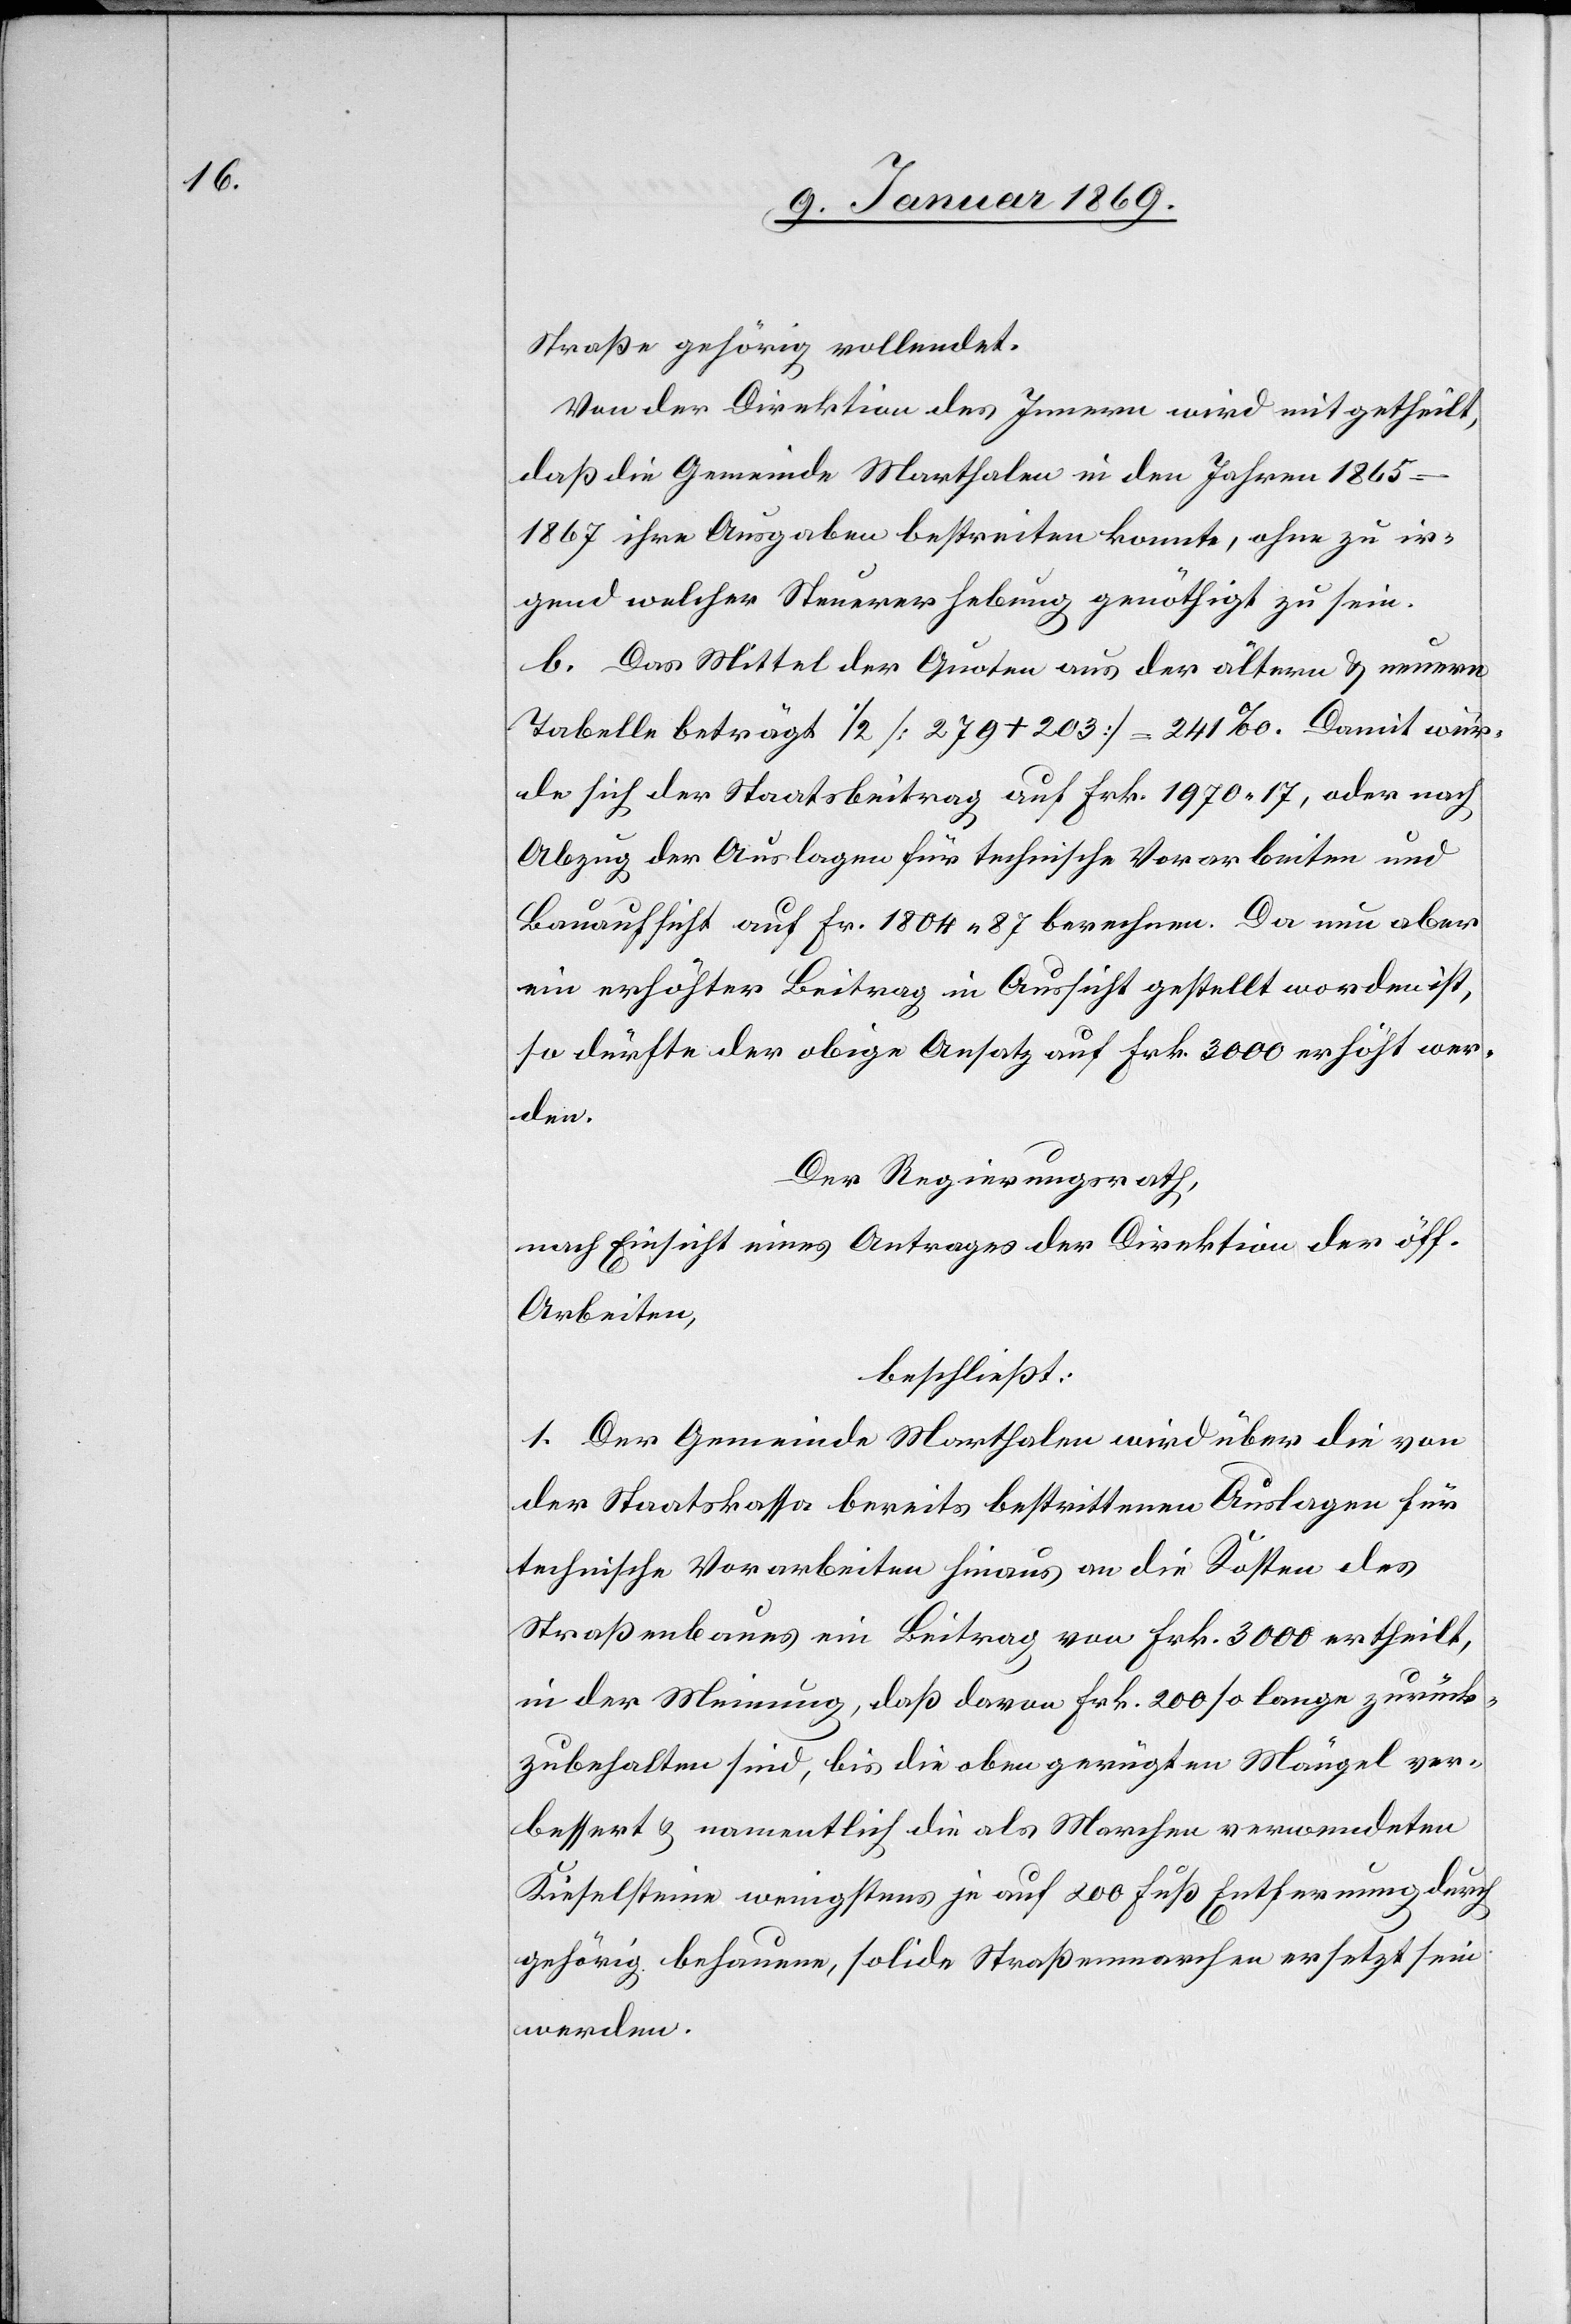
Straße gehörig vollendet.
Von der Direktion des Innern wird mitgetheilt,
daß die Gemeinde Marthalen in den Jahren 1865–1867
irgend welcher Steuererhebung genöthigt zu sein.
b. Das Mittel der Quoten aus der ältern & neuern
Tabelle beträgt 1/2 [279+203] = 241‰. Damit wür¬
de sich der Staatsbeitrag auf Frk. 1970 17, oder nach
Abzug der Auslagen für technische Vorarbeiten und
Bauaufsicht auf Fr. 1804 87 berechnen. Da nun aber
ein erhöhter Beitrag in Aussicht gestellt worden ist,
so dürfte der obige Ansatz auf Frk. 3000 erhöht wer¬
den.
Der Regierungsrath,
nach Einsicht eines Antrages der Direktion der öff.
Arbeiten,
beschließt:
1. Der Gemeinde Marthalen wird über die von
der Staatskassa bereits bestrittenen Auslagen für
technische Vorarbeiten hinaus an die Kosten des
Straßenbaues ein Beitrag von Frk. 3000 ertheilt,
in der Meinung, daß davon Frk. 200 so lange zurück¬
zubehalten sind, bis die oben gerügten Mängel ver¬
bessert & namentlich die als Marchen verwendeten
Kieselsteine wenigstens je auf 200 Fuß Entfernung durch
gehörig behauene, solide Straßenmarchen ersetzt sein
werden.